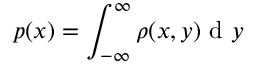
p ( x ) = \int _ { - \infty } ^ { \infty } \rho ( x , y ) \mathrm { ~ d ~ } y